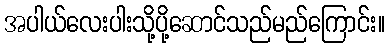
အပါယ်လေးပါးသို့ပို့ဆောင်သည်မည်ကြောင်း။